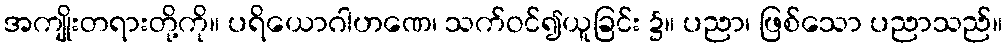
အကျိုးတရားတို့ကို။ ပရိယောဂါဟဏေ၊ သက်ဝင်၍ယူခြင်း ၌။ ပညာ၊ ဖြစ်သော ပညာသည်။